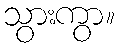
သွားကွာ။